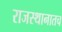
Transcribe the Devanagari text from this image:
राजस्थानातच